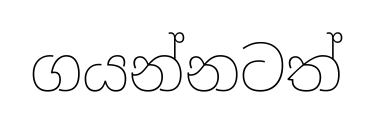
ගයන්නටත්